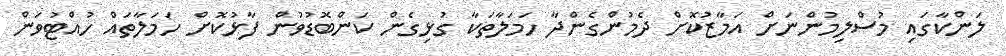
ލަންކާގައި މުސްލިމުންނަށް އަމާޒުކޮށް ދެމުންގެންދާ ހަމަލާތަކާ ގުޅިގެން ކަންބޮޑުވުން ފާޅުކޮށް ހަމަލާތައް ހުއްޓުވަން